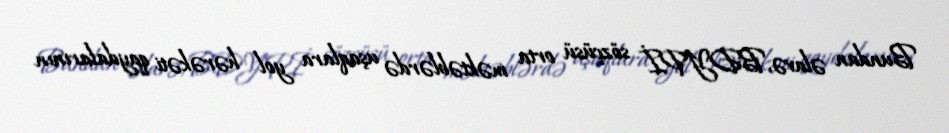
Bundan əlavə, BDYPİ sözçüsü orta məktəblərdə uşaqlara yol hərəkəti qaydalarının